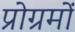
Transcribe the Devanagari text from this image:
प्रोग्रमों